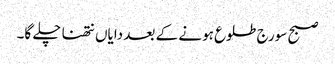
صبح سورج طلوع ہونے کے بعد دایاں نتھنا چلے گا۔